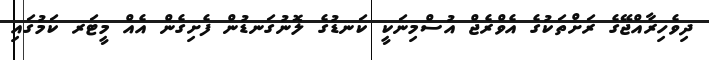
ދިވެހިރާއްޖޭގެ ރަށްތަކުގެ އެވްރެޖް އުސްމިނަކީ ކަނޑުގެ ލޮނުގަނޑުން ފެށިގެން އެއް މީޓަރ ކަމުގައި